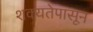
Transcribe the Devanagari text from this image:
शक्यतेपासून